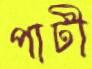
পাটী